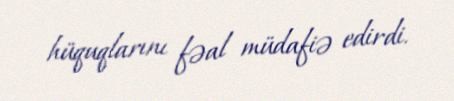
hüquqlarını fəal müdafiə edirdi.